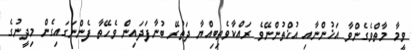
ވީމާ މާތްވެގެންވާ އަޚުންނާއި އުޚްތުންނޭވެ ރައްކާވެތިބިއްޔާ ދަތުރޭ ބުނާފަދައިން ވެހޭތާ ފެންނަގައިގެން މިދީނުގެ